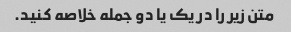
متن زیر را در یک یا دو جمله خلاصه کنید.